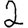
Digit: 2